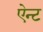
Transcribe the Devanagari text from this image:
ऐन्ट